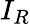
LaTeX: I_{R}